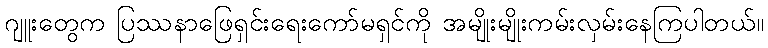
ဂျူးတွေက ပြဿနာဖြေရှင်းရေးကော်မရှင်ကို အမျိုးမျိုးကမ်းလှမ်းနေကြပါတယ်။